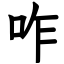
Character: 咋